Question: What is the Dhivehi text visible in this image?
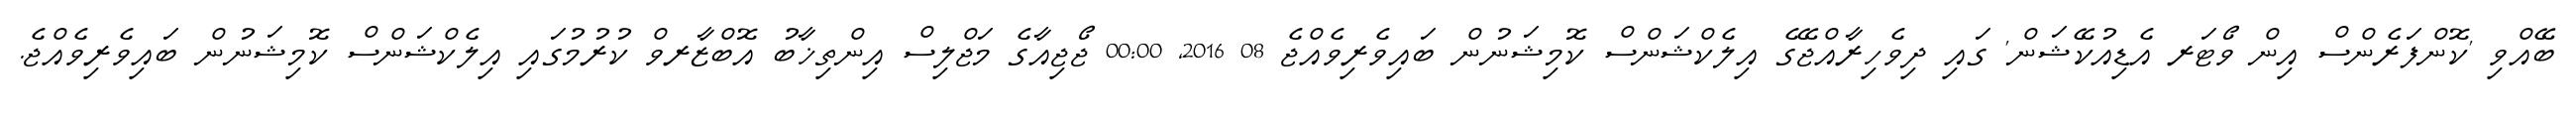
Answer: ބޭއްވި 'ކޮންފަރެންސް އިން ވޯޓަރ އެޑިއުކޭޝަން' ގައި ދިވެހިރާއްޖޭގެ އިލެކްޝަންސް ކޮމިޝަނުން ބައިވެރިވެއްޖެ 08 2016, 00:00 ޖޯޖިއާގެ މަޖްލިސް އިންތިޚާބު އޮބްޒާރވް ކުރުމުގައި އިލެކްޝަންސް ކޮމިޝަނުން ބައިވެރިވެއްޖެ.